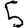
Digit: 5